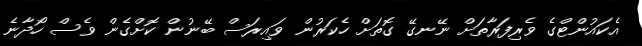
އެކައުންޓްގެ ވެރިފަރާތަށް ނޭނގޭ ގޮތަށް ހެކަރުން ވައިރަސް ބޭނުން ކޮށްގެން ވެސް ހޯދާނެ